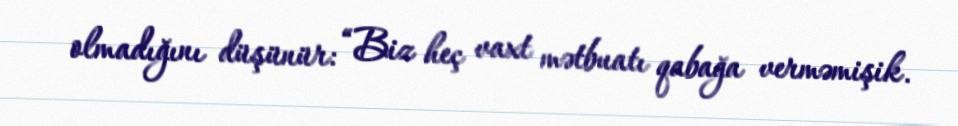
olmadığını düşünür: “Biz heç vaxt mətbuatı qabağa verməmişik.